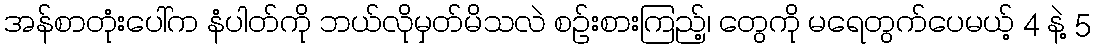
အန်စာတုံးပေါ်က နံပါတ်ကို ဘယ်လိုမှတ်မိသလဲ စဉ်းစားကြည့်၊ တွေကို မရေတွက်ပေမယ့် 4 နဲ့ 5